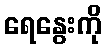
ရေနွေးကို